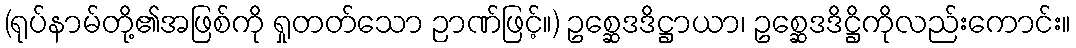
(ရုပ်နာမ်တို့၏အဖြစ်ကို ရှုတတ်သော ဉာဏ်ဖြင့်။) ဥစ္ဆေဒဒိဋ္ဌာယာ၊ ဥစ္ဆေဒဒိဋ္ဌိကိုလည်းကောင်း။